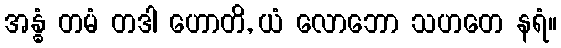
အန္ဓံ တမံ တဒါ ဟောတိ, ယံ လောဘော သဟတေ နရံ။